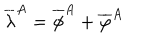
\overline { { { \lambda } } } ^ { A } = \overline { { { \phi } } } ^ { A } + \overline { { { \varphi } } } ^ { A }